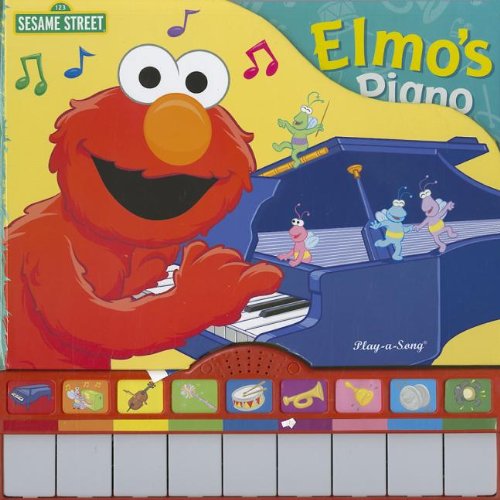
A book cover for Sesame Street Song Book: Elmo's Piano (Sesame Street (Publications International)); Editors of Publications International Ltd.; Children's Books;